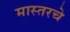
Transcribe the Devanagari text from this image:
मास्तरचे